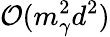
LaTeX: \mathcal{O}(m_{\gamma}^{2}d^{2})